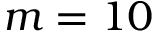
m = 1 0